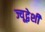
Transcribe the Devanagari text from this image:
ज्यूद्वेशी